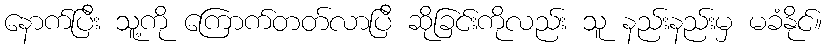
နောက်ပြီး သူ့ကို ကြောက်တတ်လာပြီ ဆိုခြင်းကိုလည်း သူ နည်းနည်းမှ မခံနိုင်။